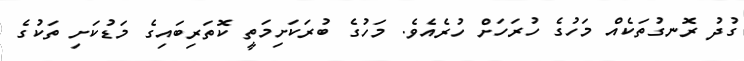
ގުދު ރޮނގުތަކެއް މަހުގެ ހުރަހަށް ހުރެއެވެ. މަހުގެ ބުރަކަށިމަތީ ކޮތަރިބައިގެ މަޑުކަށި ތަކުގެ